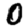
Digit: 0